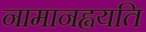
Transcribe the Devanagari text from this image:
नामानह्वयति